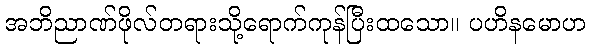
အဘိညာဏ်ဖိုလ်တရားသို့ရောက်ကုန်ပြီးထသော။ ပဟိနမောဟ